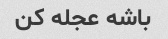
باشه عجله کن